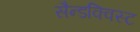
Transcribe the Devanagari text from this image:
सैन्डक्विस्ट